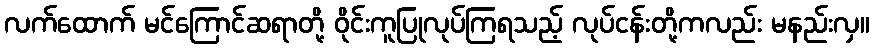
လက်ထောက် မင်ကြောင်ဆရာတို့ ဝိုင်းကူပြုလုပ်ကြရသည့် လုပ်ငန်းတို့ကလည်း မနည်းလှ။